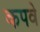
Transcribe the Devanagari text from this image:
कपवे